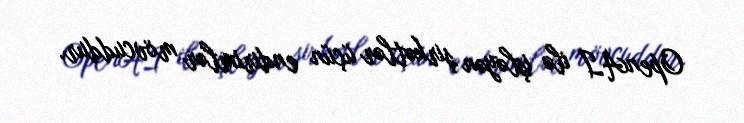
OpenAI ilə işləyən şirkətlər üçün endirimlər mövcuddur.